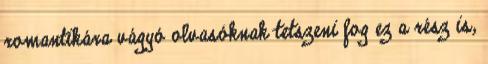
romantikára vágyó olvasóknak tetszeni fog ez a rész is,